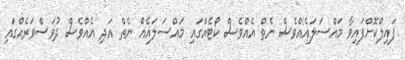
ފައިލްކޮށްފައިވާ މައްސަލައެއްވެސް ނެތް އެއްވެސް ކޯޓެއްގައި މައްސަލައެއް ނެތް އަދި އެއްވެސް ދުވަސްވަރެއްގައި